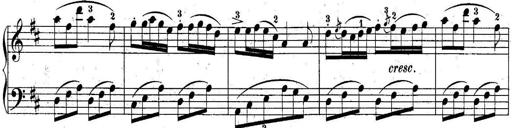
Title: 10 Sonatines progressives
Composer: Anton Schmoll